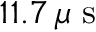
1 1 . 7 \, \mu \mathrm { ~ s ~ }